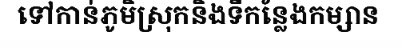
ទៅកាន់ភូមិស្រុកនិងទីកន្លែងកម្សាន